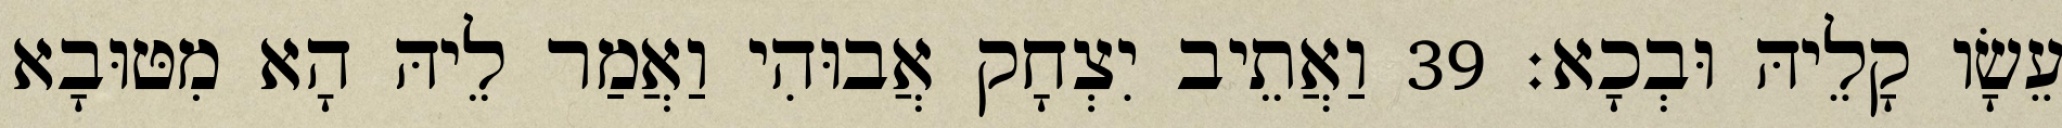
עֵשָׂו קָלֵיהּ וּבְכָא׃ 39 וַאֲתֵיב יִצְחָק אֲבוּהִי וַאֲמַר לֵיהּ הָא מִטּוּבָא